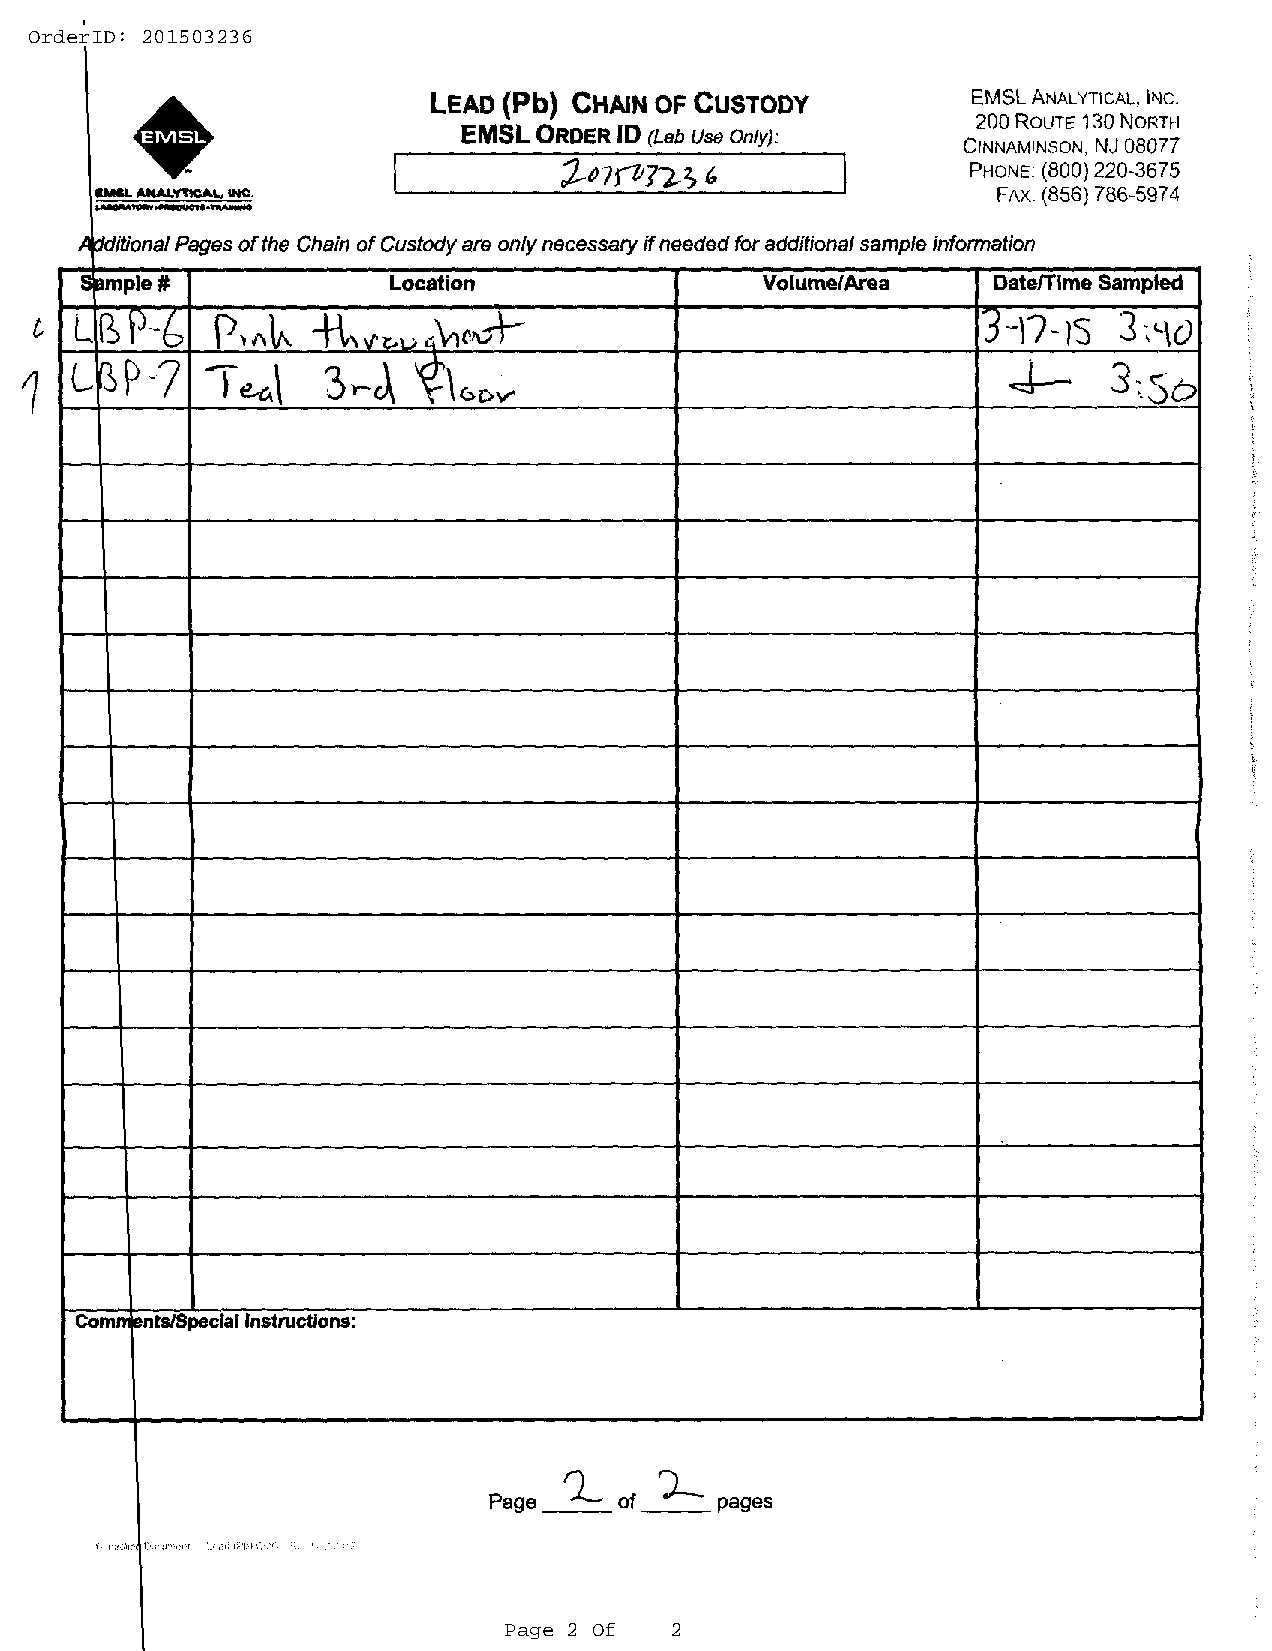
2
 Page                                                                                                                                                                                                                                                                                                                                                                                                                                                                                                                                                                                                                                                                                                                                                                                                                                                                                                                                                                                                                                                                                                                                                                                                                                                                                                                                                                                                                                                                                                                                                                                                                                                                                                                                                                                                                                                                                                                                                                                                                                                                                                                                                                                                                                                                                                                                                                                                                                                                                                                                                                                                                          2                                                                                                                                                                                                                                                                                                                                                                                                                                                                                                                                                                                                                                                                                                                                                                                                                                                                                                                                                                                                                                                  Of
 OrderID:                                                                                                                                                                                                                                                                                                                                                                                                                                                                                                                                                                                                                                                                                                                                                                                                                                                                                                                                                                                                                                                                                                                                                                                                                                                                                                                                                                                                                                                                                                                                                                                                                                                                                                                                                                                                                                                                                                                                                                                                                                                                                                                                                                                                                                                                                                                                                                                                                                                                                                                                                                                                                                                                                                                                                                                                                                                                                                                                                                                                                                                                                                                                                                                                                                                                                                                                                                                                                                                                                                                                                                                                                                                                                                                                                                                                                                                                                                                                                                                                                                                                                                                                                                                                                                                                                                                                                                                                                                                                                                                                                                                                                                                                                                                            201503236